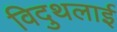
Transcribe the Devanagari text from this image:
विदुथलाई